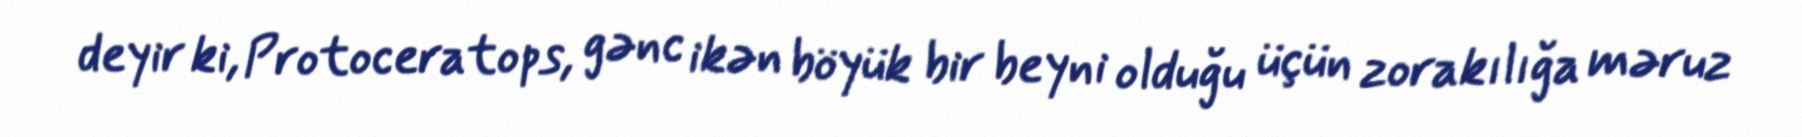
deyir ki, Protoceratops, gənc ikən böyük bir beyni olduğu üçün zorakılığa məruz